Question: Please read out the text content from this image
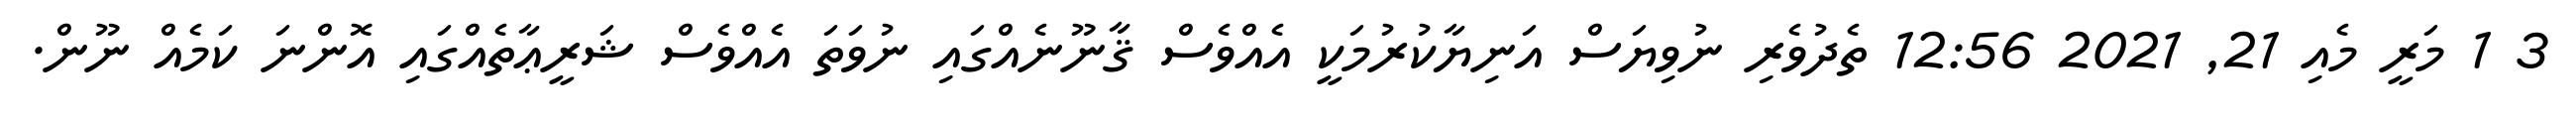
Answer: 3 1 މަރީ މެއި 21, 2021 12:56 ތެދުވެރި ނުވިޔަސް އަނިޔާކުރުމަކީ އެއްވެސް ޤާނޫނެއްގައި ނުވަތަ އެއްވެސް ޝަރީޢާތެއްގައި އޮންނަ ކަމެއް ނޫން.